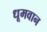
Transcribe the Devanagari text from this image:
धूमवान